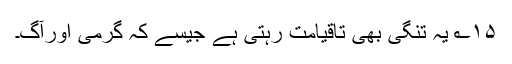
۱۵؎ یہ تنگی بھی تاقیامت رہتی ہے جیسے کہ گرمی اورآگ۔